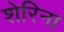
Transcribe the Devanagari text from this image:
शेरिना